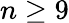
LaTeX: n\geq 9